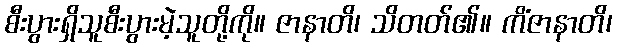
စီးပွားရှိသူစီးပွားမဲ့သူတို့ကို။ ဇာနာတိ၊ သိတတ်၏။ ကိံဇာနာတိ၊